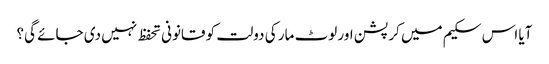
آیا اس سکیم میں کرپشن اور لوٹ مار کی دولت کو قانونی تحفظ نہیں دی جائے گی؟